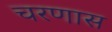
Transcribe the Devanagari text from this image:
चरणास